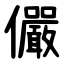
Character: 儼